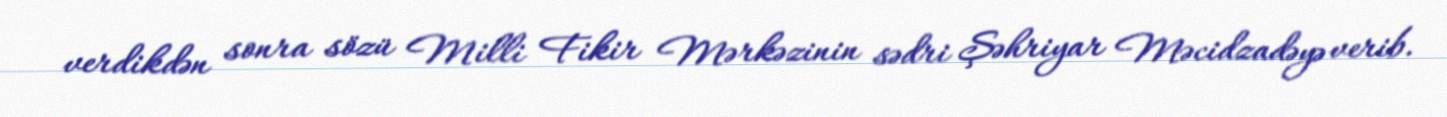
verdikdən sonra sözü Milli Fikir Mərkəzinin sədri Şəhriyar Məcidzadəyə verib.